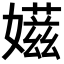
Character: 𡢫